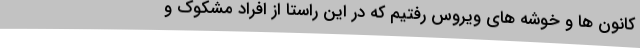
کانون ها و خوشه های ویروس رفتیم که در این راستا از افراد مشکوک و